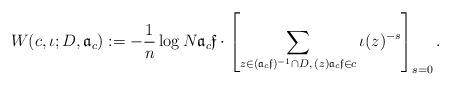
\begin{align*} W(c,\iota;D,{\mathfrak a}_c):=-\frac{1}{n}\log N{\mathfrak a}_c \mathfrak f \cdot \left[\sum_{z \in ({\mathfrak a}_c \mathfrak f)^{-1}\cap D,\, (z){\mathfrak a}_c \mathfrak f \in c }\iota(z)^{-s} \right]_{s=0}.\end{align*}